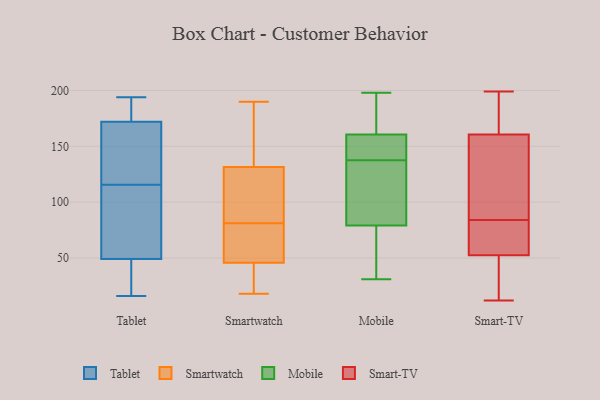
{"axis": {"x": "Bounce Rate (%)", "y": "Value"}, "legend": ["Mobile", "Smart-TV", "Smartwatch", "Tablet"], "data": [{"x": "", "y": 180, "type": "Tablet"}, {"x": "", "y": 127, "type": "Tablet"}, {"x": "", "y": 194, "type": "Tablet"}, {"x": "", "y": 88, "type": "Tablet"}, {"x": "", "y": 106, "type": "Tablet"}, {"x": "", "y": 16, "type": "Tablet"}, {"x": "", "y": 34, "type": "Tablet"}, {"x": "", "y": 191, "type": "Tablet"}, {"x": "", "y": 125, "type": "Tablet"}, {"x": "", "y": 59, "type": "Tablet"}, {"x": "", "y": 132, "type": "Tablet"}, {"x": "", "y": 47, "type": "Tablet"}, {"x": "", "y": 172, "type": "Tablet"}, {"x": "", "y": 49, "type": "Tablet"}, {"x": "", "y": 122, "type": "Smartwatch"}, {"x": "", "y": 129, "type": "Smartwatch"}, {"x": "", "y": 18, "type": "Smartwatch"}, {"x": "", "y": 42, "type": "Smartwatch"}, {"x": "", "y": 190, "type": "Smartwatch"}, {"x": "", "y": 124, "type": "Smartwatch"}, {"x": "", "y": 53, "type": "Smartwatch"}, {"x": "", "y": 139, "type": "Smartwatch"}, {"x": "", "y": 174, "type": "Smartwatch"}, {"x": "", "y": 40, "type": "Smartwatch"}, {"x": "", "y": 47, "type": "Smartwatch"}, {"x": "", "y": 73, "type": "Smartwatch"}, {"x": "", "y": 81, "type": "Smartwatch"}, {"x": "", "y": 167, "type": "Mobile"}, {"x": "", "y": 133, "type": "Mobile"}, {"x": "", "y": 31, "type": "Mobile"}, {"x": "", "y": 118, "type": "Mobile"}, {"x": "", "y": 142, "type": "Mobile"}, {"x": "", "y": 69, "type": "Mobile"}, {"x": "", "y": 54, "type": "Mobile"}, {"x": "", "y": 89, "type": "Mobile"}, {"x": "", "y": 198, "type": "Mobile"}, {"x": "", "y": 147, "type": "Mobile"}, {"x": "", "y": 154, "type": "Mobile"}, {"x": "", "y": 179, "type": "Mobile"}, {"x": "", "y": 57, "type": "Smart-TV"}, {"x": "", "y": 39, "type": "Smart-TV"}, {"x": "", "y": 197, "type": "Smart-TV"}, {"x": "", "y": 84, "type": "Smart-TV"}, {"x": "", "y": 106, "type": "Smart-TV"}, {"x": "", "y": 149, "type": "Smart-TV"}, {"x": "", "y": 58, "type": "Smart-TV"}, {"x": "", "y": 135, "type": "Smart-TV"}, {"x": "", "y": 29, "type": "Smart-TV"}, {"x": "", "y": 195, "type": "Smart-TV"}, {"x": "", "y": 12, "type": "Smart-TV"}, {"x": "", "y": 62, "type": "Smart-TV"}, {"x": "", "y": 199, "type": "Smart-TV"}]}